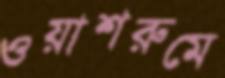
ওয়াশরুমে